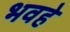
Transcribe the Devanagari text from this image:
भवहे